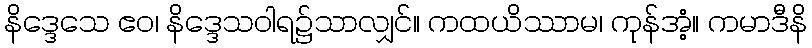
နိဒ္ဒေသေ ဧဝ၊ နိဒ္ဒေသဝါရ၌သာလျှင်။ ကထယိဿာမ၊ ကုန်အံ့။ ကမာဒီနိ